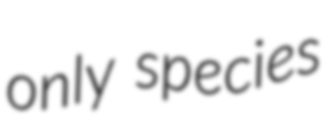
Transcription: only species